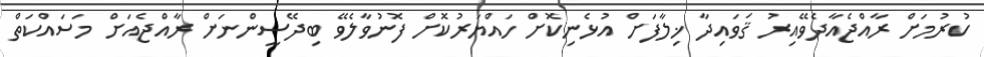
ކުރުމަށް ރާއްޖެއާދެވޭއިރު ޤަވައިދާ ޚިލާފަށް އުޅެނިކޮށް ހައްޔަރުކޮށް ފޮނުވާލެވޭ ބިދޭސީންނަށް ރާއްޖެއަށް މަސައްކަތް